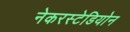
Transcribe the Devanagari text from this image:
नेकरस्टेडियोन